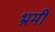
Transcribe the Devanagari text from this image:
भ्रमी